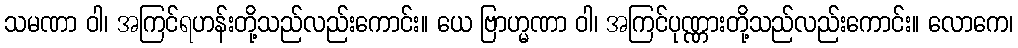
သမဏာ ဝါ၊ အကြင်ရဟန်းတို့သည်လည်းကောင်း။ ယေ ဗြာဟ္မဏာ ဝါ၊ အကြင်ပုဏ္ဏားတို့သည်လည်းကောင်း။ လောကေ၊